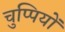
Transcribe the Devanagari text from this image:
चुप्पियों